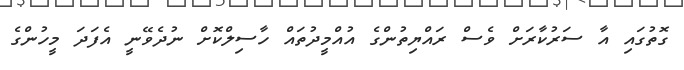
ގޮތުގައި އާ ސަރުކާރަށް ވެސް ރައްޔިތުންގެ އުއްމީދުތައް ހާސިލްކޮށް ނުދެވޭނީ އެފަދަ މީހުންގެ